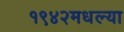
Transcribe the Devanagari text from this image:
१९४२मधल्या